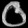
Digit: ၀